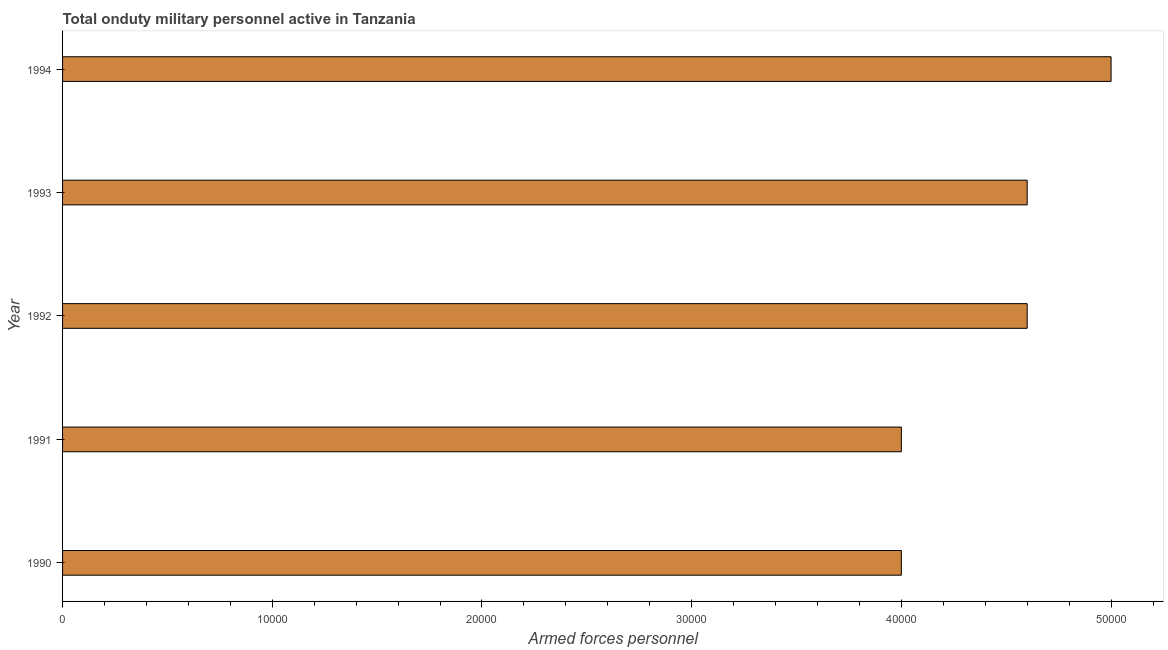
| Year | Armed forces personnel |
 | --- | --- |
 | 1990 | 4e+04 |
 | 1991 | 4e+04 |
 | 1992 | 4.6e+04 |
 | 1993 | 4.6e+04 |
 | 1994 | 5e+04 |